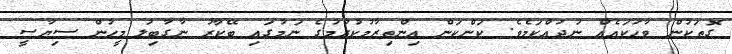
ގޮތަކުން ވާހަކައެއް ނުދައްކަމެވެ. ކަންކަން އިންތިޒާމުކުރުމުގެ ނަމުގައި ބޭކާރު ނާގާބިލު މީހުން ސިޔާސީ